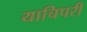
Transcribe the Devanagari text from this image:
याचिपरी